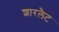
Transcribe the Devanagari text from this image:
शारलैट